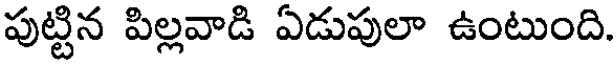
పుట్టిన పిల్లవాడి ఏడుపులా ఉంటుంది.